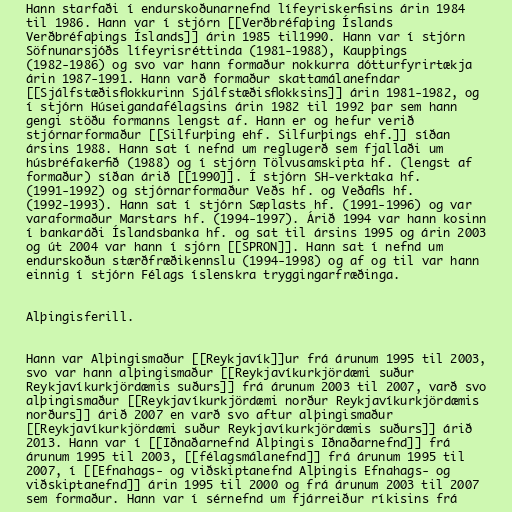
Hann starfaði í endurskoðunarnefnd lífeyriskerfisins árin 1984
til 1986. Hann var í stjórn [[Verðbréfaþing Íslands
Verðbréfaþings Íslands]] árin 1985 til1990. Hann var í stjórn
Söfnunarsjóðs lífeyrisréttinda (1981-1988), Kaupþings
(1982-1986) og svo var hann formaður nokkurra dótturfyrirtækja
árin 1987-1991. Hann varð formaður skattamálanefndar
[[Sjálfstæðisflokkurinn Sjálfstæðisflokksins]] árin 1981-1982, og
í stjórn Húseigandafélagsins árin 1982 til 1992 þar sem hann
gengi stöðu formanns lengst af. Hann er og hefur verið
stjórnarformaður [[Silfurþing ehf. Silfurþings ehf.]] síðan
ársins 1988. Hann sat í nefnd um reglugerð sem fjallaði um
húsbréfakerfið (1988) og í stjórn Tölvusamskipta hf. (lengst af
formaður) síðan árið [[1990]]. Í stjórn SH-verktaka hf.
(1991-1992) og stjórnarformaður Veðs hf. og Veðafls hf.
(1992-1993). Hann sat í stjórn Sæplasts hf. (1991-1996) og var
varaformaður Marstars hf. (1994-1997). Árið 1994 var hann kosinn
í bankaráði Íslandsbanka hf. og sat til ársins 1995 og árin 2003
og út 2004 var hann í sjórn [[SPRON]]. Hann sat í nefnd um
endurskoðun stærðfræðikennslu (1994-1998) og af og til var hann
einnig í stjórn Félags íslenskra tryggingarfræðinga.

Alþingisferill.

Hann var Alþingismaður [[Reykjavík]]ur frá árunum 1995 til 2003,
svo var hann alþingismaður [[Reykjavíkurkjördæmi suður
Reykjavíkurkjördæmis suðurs]] frá árunum 2003 til 2007, varð svo
alþingismaður [[Reykjavíkurkjördæmi norður Reykjavíkurkjördæmis
norðurs]] árið 2007 en varð svo aftur alþingismaður
[[Reykjavíkurkjördæmi suður Reykjavíkurkjördæmis suðurs]] árið
2013. Hann var í [[Iðnaðarnefnd Alþingis Iðnaðarnefnd]] frá
árunum 1995 til 2003, [[félagsmálanefnd]] frá árunum 1995 til
2007, í [[Efnahags- og viðskiptanefnd Alþingis Efnahags- og
viðskiptanefnd]] árin 1995 til 2000 og frá árunum 2003 til 2007
sem formaður. Hann var í sérnefnd um fjárreiður ríkisins frá